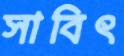
সাবিৎ